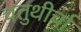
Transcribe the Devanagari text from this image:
चतुथीर्चा